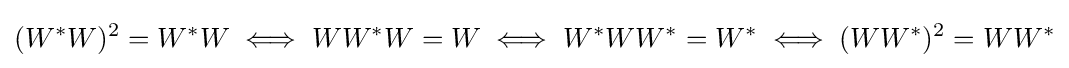
(W^{*}W)^{2}=W^{*}W\iff WW^{*}W=W\iff W^{*}WW^{*}=W^{*}\iff (WW^{*})^{2}=WW^{*}